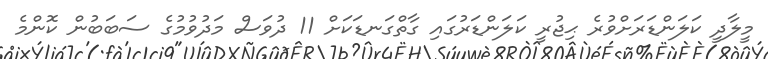
މީލާދީ ކަލަންޑަރަށްވުރެ ޙިޖުރީ ކަލަންޑަރުގައި ގާތްގަނޑަކަށް 11 ދުވަސް މަދުވުމުގެ ސަބަބުން ކޮންމެ